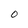
Character: O